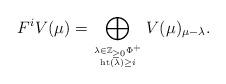
LaTeX: \begin{align*}F^iV(\mu)=\bigoplus_{\lambda\in{\mathbb Z}_{\ge0}\Phi^+\atop{{\rm ht}(\lambda)\ge i}}V(\mu)_{\mu-\lambda}.\end{align*}